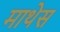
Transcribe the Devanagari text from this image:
माथेस